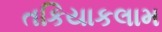
તકિયાકલામ